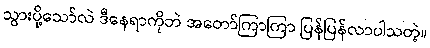
သွားပို့သော်လဲ ဒီနေရာကိုဘဲ အတော်ကြာကြာ ပြန်ပြန်လာပါသတဲ့။